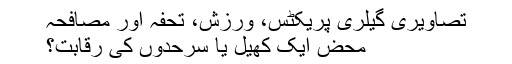
تصاویری گیلری پریکٹس، ورزش، تحفہ اور مصافحہ
محض ایک کھیل یا سرحدوں کی رقابت؟